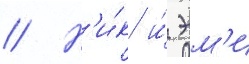
// Н'и́к и́ эм'и